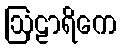
ဩဠာရိကေ